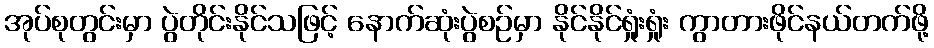
အုပ်စုတွင်းမှာ ပွဲတိုင်းနိုင်သဖြင့် နောက်ဆုံးပွဲစဉ်မှာ နိုင်နိုင်ရှုံးရှုံး ကွာတားဖိုင်နယ်တက်ဖို့